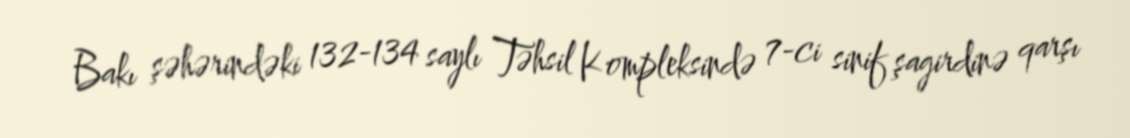
Bakı şəhərindəki 132-134 saylı Təhsil Kompleksində 7-ci sinif şagirdinə qarşı